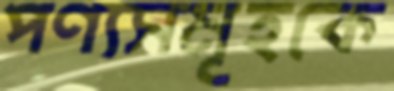
পণ্যসমূহকে